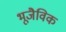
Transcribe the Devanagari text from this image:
भूजैविक